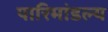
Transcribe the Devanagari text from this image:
पारिमांडल्य